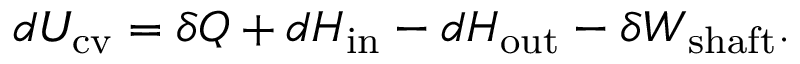
d U _ { \mathrm { c v } } = \delta Q + d H _ { \mathrm { i n } } - d H _ { \mathrm { o u t } } - \delta W _ { \mathrm { s h a f t } } .